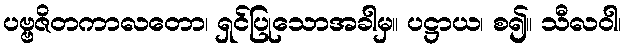
ပဗ္ဗဇိတကာလတော၊ ရှင်ပြုသောအခါမှ။ ပဋ္ဌာယ၊ စ၍။ သီလဝါ၊